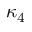
\kappa _ { 4 }